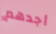
أجدهم